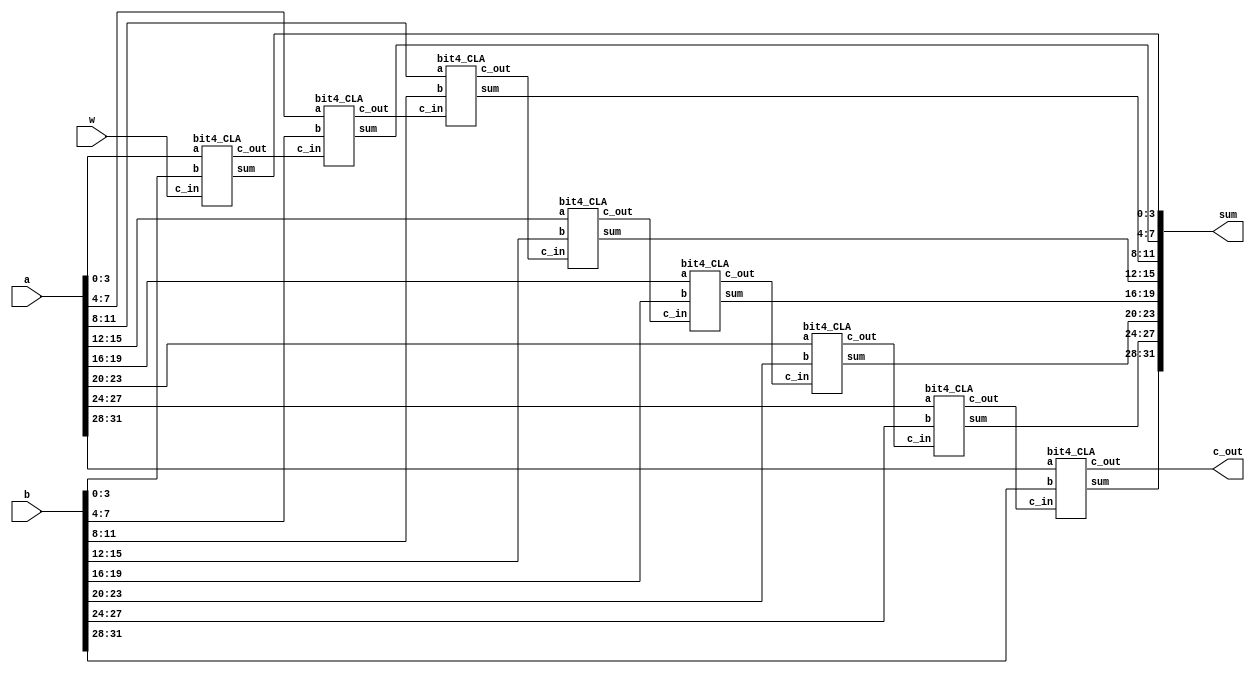
module bit32_CLAS (sum, c_out, a, b, w);

    input [31:0] a, b;
    input w;
    output [31:0] sum;
    output c_out;

    wire [6:0] c;
    wire [31:0] ocb;

    bit4_one_complement boc1 (ocb[3:0], b[3:0], w);
    bit4_one_complement boc2 (ocb[7:4], b[7:4], w);
    bit4_one_complement boc3 (ocb[11:8], b[11:8], w);
    bit4_one_complement boc4 (ocb[15:12], b[15:12], w);
    bit4_one_complement boc5 (ocb[19:16], b[19:16], w);
    bit4_one_complement boc6 (ocb[23:20], b[23:20], w);
    bit4_one_complement boc7 (ocb[27:24], b[27:24], w);
    bit4_one_complement boc8 (ocb[31:28], b[31:28], w);

    bit4_CLA b4cla1 (sum[3:0], c[0], a[3:0], b[3:0], w);
    bit4_CLA b4cla2 (sum[7:4], c[1], a[7:4], b[7:4], c[0]);
    bit4_CLA b4cla3 (sum[11:8], c[2], a[11:8], b[11:8], c[1]);
    bit4_CLA b4cla4 (sum[15:12], c[3], a[15:12], b[15:12], c[2]);
    bit4_CLA b4cla5 (sum[19:16], c[4], a[19:16], b[19:16], c[3]);
    bit4_CLA b4cla6 (sum[23:20], c[5], a[23:20], b[23:20], c[4]);
    bit4_CLA b4cla7 (sum[27:24], c[6], a[27:24], b[27:24], c[5]);
    bit4_CLA b4cla8 (sum[31:28], c_out, a[31:28], b[31:28], c[6]);

endmodule


module bit4_CLA(sum, c_out, a, b, c_in); 

    input [3:0] a, b; // 4  
    input c_in;
    output [3:0] sum;
    output c_out;

    wire [2:0] c;

    CLA cla1 (sum[0], c[0], a[0], b[0], c_in);
    CLA cla2 (sum[1], c[1], a[1], b[1], c[0]);
    CLA cla3 (sum[2], c[2], a[2], b[2], c[1]);
    CLA cla4 (sum[3], c_out, a[3], b[3], c[2]);

endmodule

module CLA(sum, c_out, a, b, c_in);

    input a, b, c_in;
    output sum, c_out;

    wire g, p;

    assign g = a && b;
    assign p = (~a && b) || (a && ~b);

    assign c_out = g || (c_in && p);
    assign sum = (~p && c_in) || (p && ~c_in);

endmodule

module bit4_one_complement(f, x, w);

    input [3:0] x;
    input w;
    output [3:0] f;
    
    one_complement oc1 (f[3], x[3], w);
    one_complement oc2 (f[2], x[2], w);
    one_complement oc3 (f[1], x[1], w);
    one_complement oc4 (f[0], x[0], w);

endmodule

module one_complement(f, x, w);

    input x, w;
    output f;
    
    assign f = x ^ w;

endmodule